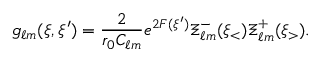
g _ { \ell m } ( \xi , \xi ^ { \prime } ) = { \frac { 2 } { r _ { 0 } C _ { \ell m } } } e ^ { 2 F ( \xi ^ { \prime } ) } \Xi _ { \ell m } ^ { - } ( \xi _ { < } ) \Xi _ { \ell m } ^ { + } ( \xi _ { > } ) .